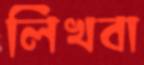
লিখবা